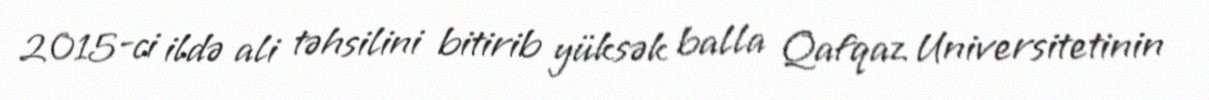
2015-ci ildə ali təhsilini bitirib yüksək balla Qafqaz Universitetinin